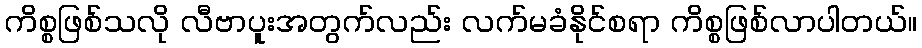
ကိစ္စဖြစ်သလို လီဗာပူးအတွက်လည်း လက်မခံနိုင်စရာ ကိစ္စဖြစ်လာပါတယ်။